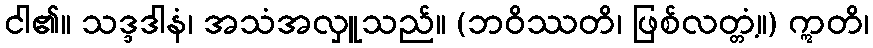
ငါ၏။ သဒ္ဒဒါနံ၊ အသံအလှူသည်။ (ဘဝိဿတိ၊ ဖြစ်လတ္တံ့။) ဣတိ၊